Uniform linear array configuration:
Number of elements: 64
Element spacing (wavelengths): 1
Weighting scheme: blackman
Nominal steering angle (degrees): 30
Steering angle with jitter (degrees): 29.627
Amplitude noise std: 0.05
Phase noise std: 0.05

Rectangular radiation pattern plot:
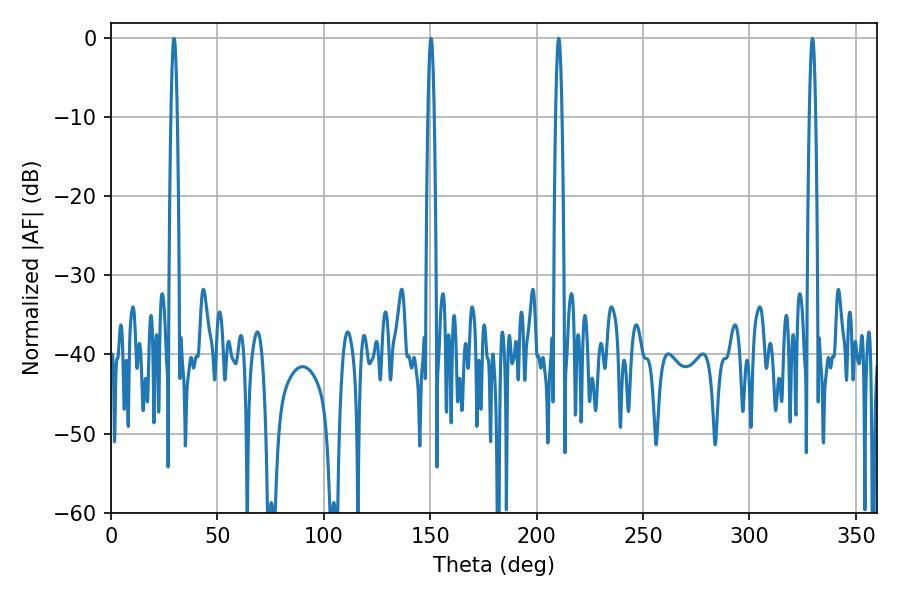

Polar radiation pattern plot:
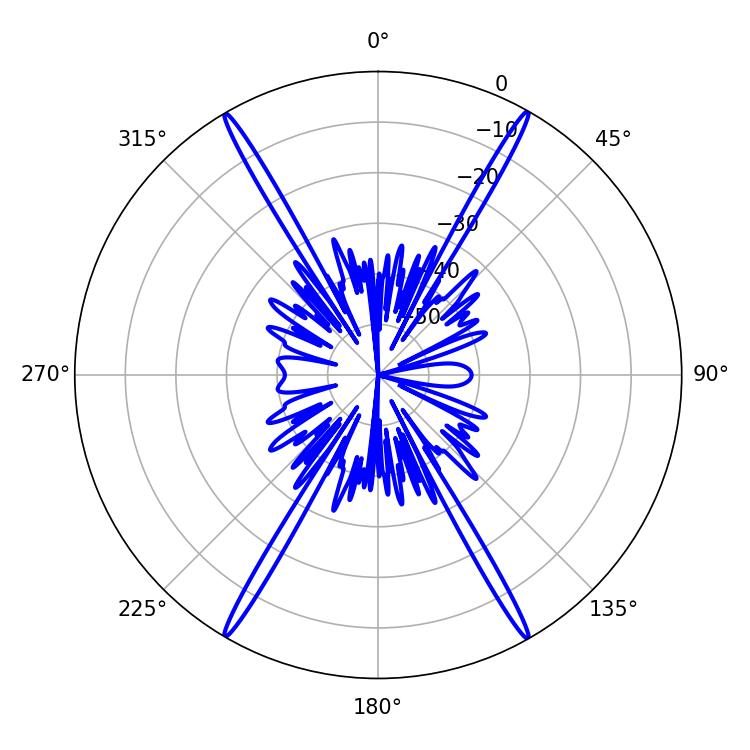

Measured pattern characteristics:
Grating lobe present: TRUE
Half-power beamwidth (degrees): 1.44
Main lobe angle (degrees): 210.42